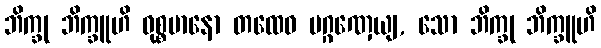
ဘိက္ခု ဘိက္ခူဟိ ဝုစ္စမာနော တထေဝ ပဂ္ဂဏှေယျ, သော ဘိက္ခု ဘိက္ခူဟိ